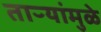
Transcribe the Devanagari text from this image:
ताऱ्यांमुळे